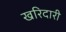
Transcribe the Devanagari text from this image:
खरिदारी